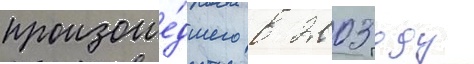
произоше́дшего в 2003 году